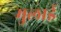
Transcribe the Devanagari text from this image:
मुलाई